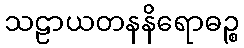
သဠာယတနနိရောဓဉ္စ